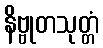
နိဗ္ဗုတသုတ္တံ